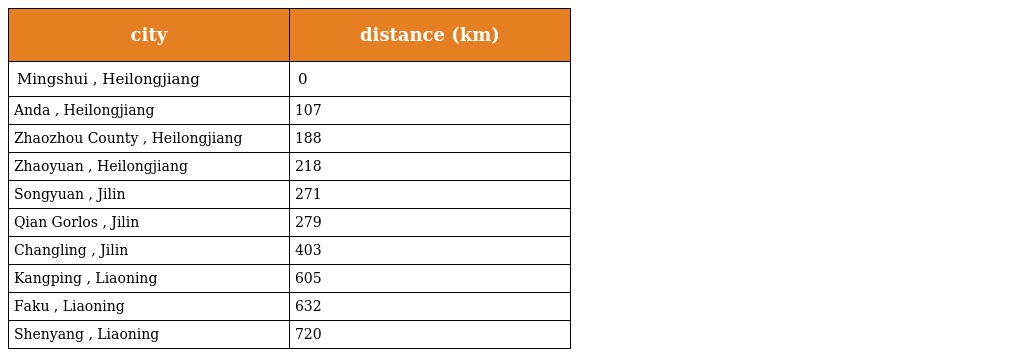
| city | distance (km) |
 | --- | --- |
 | Mingshui , Heilongjiang | 0 |
 | Anda , Heilongjiang | 107 |
 | Zhaozhou County , Heilongjiang | 188 |
 | Zhaoyuan , Heilongjiang | 218 |
 | Songyuan , Jilin | 271 |
 | Qian Gorlos , Jilin | 279 |
 | Changling , Jilin | 403 |
 | Kangping , Liaoning | 605 |
 | Faku , Liaoning | 632 |
 | Shenyang , Liaoning | 720 |